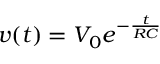
v ( t ) = V _ { 0 } e ^ { - \frac { t } { R C } }